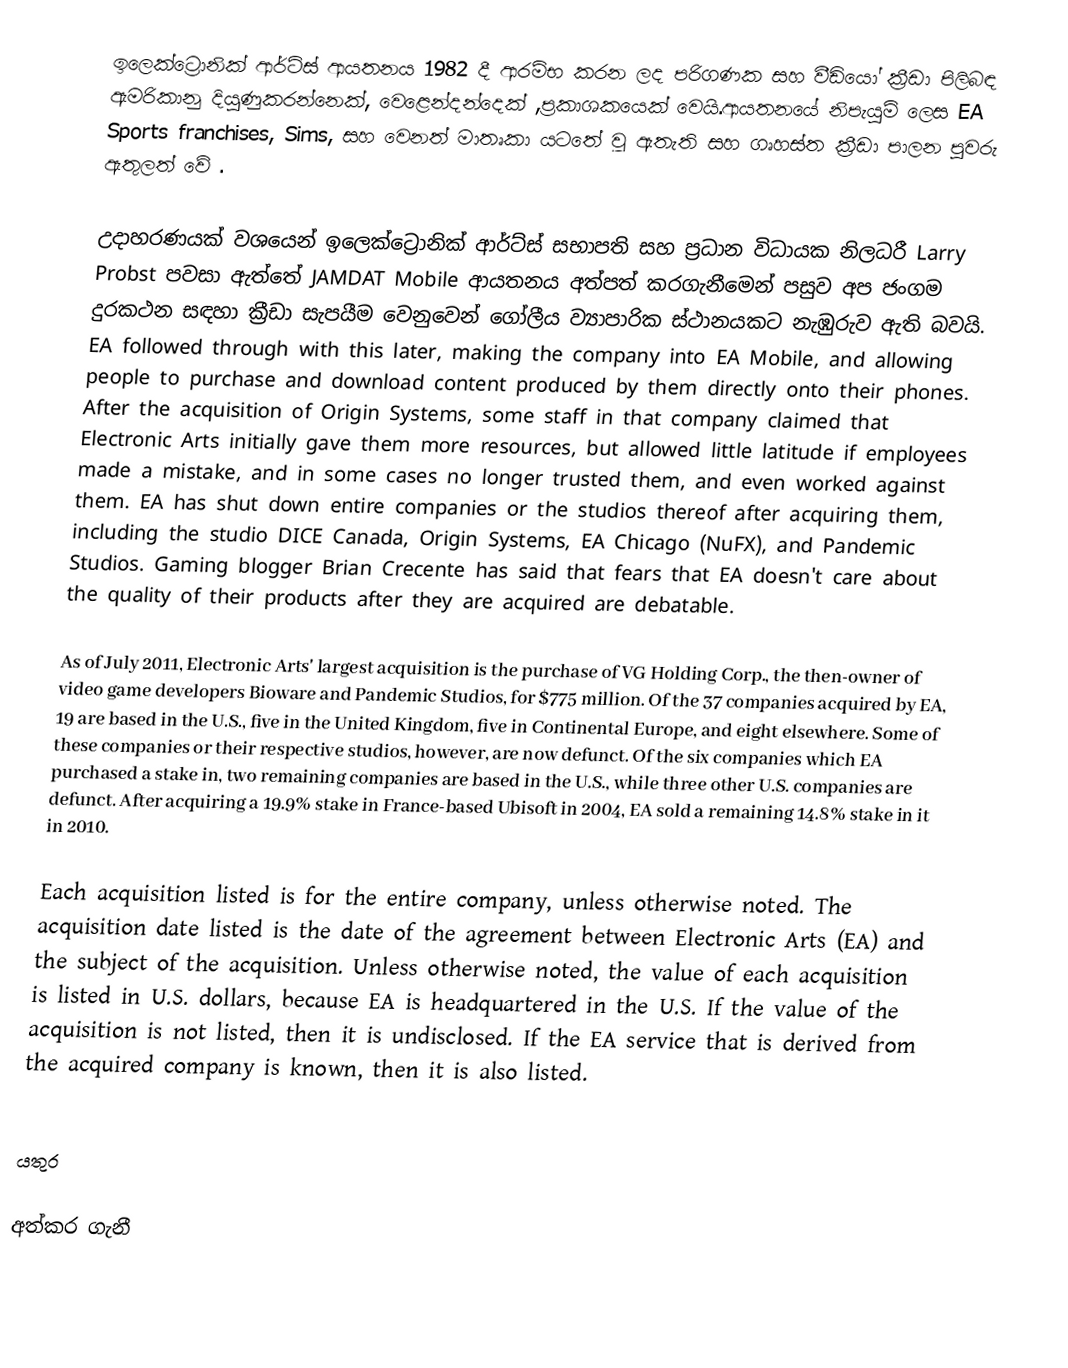
ඉලෙක්ට්‍රොනික් ආර්ට්ස් ආයතනය 1982 දී ආරම්භ කරන ලද පරිගණක සහ වීඩියෝ ක්‍රීඩා පිලිබඳ ඇමරිකානු දියුණුකරන්නෙක්, වෙළෙන්දන්දෙක් ,ප්‍රකාශකයෙක් වෙයි.ආයතනයේ නිපැයුම් ලෙස  EA Sports franchises, Sims,  සහ වෙනත් මාතෘකා යටතේ වූ  ඇතැති සහ ගෘහස්ත  ක්‍රීඩා පාලන පුවරු  ඇතුලත් වේ .

උදාහරණයක් වශයෙන් ඉලෙක්ට්‍රොනික් ආර්ට්ස්   සභාපති  සහ ප්‍රධාන විධායක නිලධරී Larry Probst පවසා ඇත්තේ JAMDAT Mobile ආයතනය අත්පත් කරගැනීමෙන් පසුව අප ජංගම දුරකථන සඳහා ක්‍රීඩා සැපයීම වෙනුවෙන් ගෝලීය ව්‍යාපාරික ස්ථානයකට නැඹුරුව ඇති බවයි.  EA followed through with this later, making the company into EA Mobile, and allowing people to purchase and download content produced by them directly onto their phones. After the acquisition of Origin Systems, some staff in that company claimed that Electronic Arts initially gave them more resources, but allowed little latitude if employees made a mistake, and in some cases no longer trusted them, and even worked against them. EA has shut down entire companies or the studios thereof after acquiring them, including  the studio DICE Canada, Origin Systems, EA Chicago (NuFX), and Pandemic Studios. Gaming blogger Brian Crecente has said that fears that EA doesn't care about the quality of their products after they are acquired are debatable.

As of July 2011, Electronic Arts' largest acquisition is the purchase of VG Holding Corp., the then-owner of video game developers Bioware and Pandemic Studios, for $775 million. Of the 37 companies acquired by EA, 19 are based in the U.S., five in the United Kingdom, five in Continental Europe, and eight elsewhere. Some of these companies or their respective studios, however, are now defunct. Of the six companies which EA purchased a stake in, two remaining companies are based in the U.S., while three other U.S. companies are defunct. After acquiring a 19.9% stake in France-based Ubisoft in 2004, EA sold a remaining 14.8% stake in it in 2010.

Each acquisition listed is for the entire company, unless otherwise noted. The acquisition date listed is the date of the agreement between Electronic Arts (EA) and the subject of the acquisition. Unless otherwise noted, the value of each acquisition is listed in U.S. dollars, because EA is headquartered in the U.S. If the value of the acquisition is not listed, then it is undisclosed. If the EA service that is derived from the acquired company is known, then it is also listed.

යතුර

අත්කර ගැනී